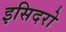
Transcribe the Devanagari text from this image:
इसिदरो